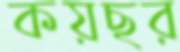
কয়ছর